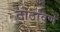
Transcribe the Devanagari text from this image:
ठोठावणे